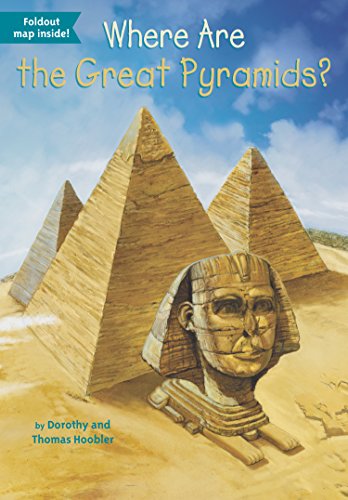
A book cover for Where Are the Great Pyramids? (Where Is...?); Dorothy Hoobler; Children's Books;